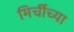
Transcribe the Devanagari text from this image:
मिर्चीच्या